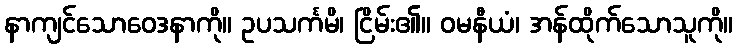
နာကျင်သောဝေဒနာကို။ ဥပသင်္ကမိ၊ ငြိမ်း၏။ ဝမနီယံ၊ အန်ထိုက်သောသူကို။